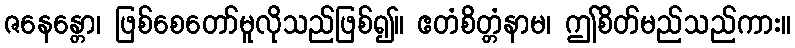
ဇနေန္တော၊ ဖြစ်စေတော်မူလိုသည်ဖြစ်၍။ ဧတံစိတ္တံနာမ၊ ဤစိတ်မည်သည်ကား။